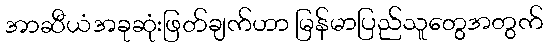
အာဆီယံအခုဆုံးဖြတ်ချက်ဟာ မြန်မာပြည်သူတွေအတွက်